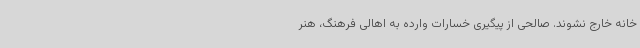
خانه خارج نشوند. صالحی از پیگیری خسارات وارده به اهالی فرهنگ، هنر